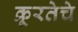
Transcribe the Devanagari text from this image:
क्रूरतेचे